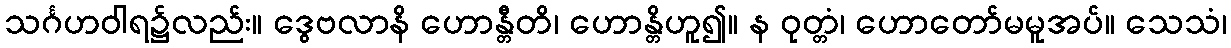
သင်္ဂဟဝါရ၌လည်း။ ဒွေဗလာနိ ဟောန္တီတိ၊ ဟောန္တိဟူ၍။ န ဝုတ္တံ၊ ဟောတော်မမူအပ်။ သေသံ၊